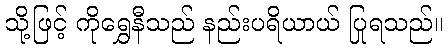
သို့ဖြင့် ကိုရွှေနီသည် နည်းပရိယာယ် ပြုရသည်။